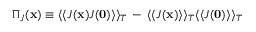
\Pi _ { J } ( { \bf x } ) \equiv \langle \langle J ( { \bf x } ) J ( { \bf 0 } ) \rangle \rangle _ { T } \, - \, \langle \langle J ( { \bf x } ) \rangle \rangle _ { T } \langle \langle J ( { \bf 0 } ) \rangle \rangle _ { T }